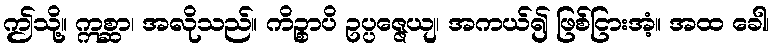
ဤသို့။ ဣစ္ဆာ၊ အလိုသည်။ ကိဉ္စာပိ ဥပ္ပဇ္ဇေယျ၊ အကယ်၍ ဖြစ်ငြားအံ့။ အထ ခေါ၊